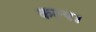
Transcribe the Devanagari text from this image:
कल्प।